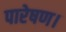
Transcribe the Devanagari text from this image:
पारेषण।